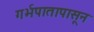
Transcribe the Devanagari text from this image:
गर्भपातापासून